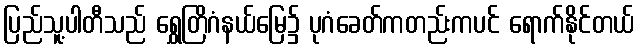
ပြည်သူ့ပါတီသည် ရွှေတြိဂံနယ်မြေ၌ ပုဂံခေတ်ကတည်းကပင် ရောက်နိုင်တယ်